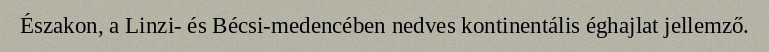
Északon, a Linzi- és Bécsi-medencében nedves kontinentális éghajlat jellemző.